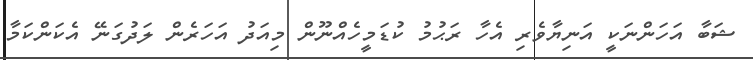
ޝަބާ އަހަންނަކީ އަނިޔާވެރި އެހާ ރަޙުމު ކުޑަމީހެއްނޫން މިއަދު އަހަރެން ލަދުގަނޭ އެކަންކަމާ